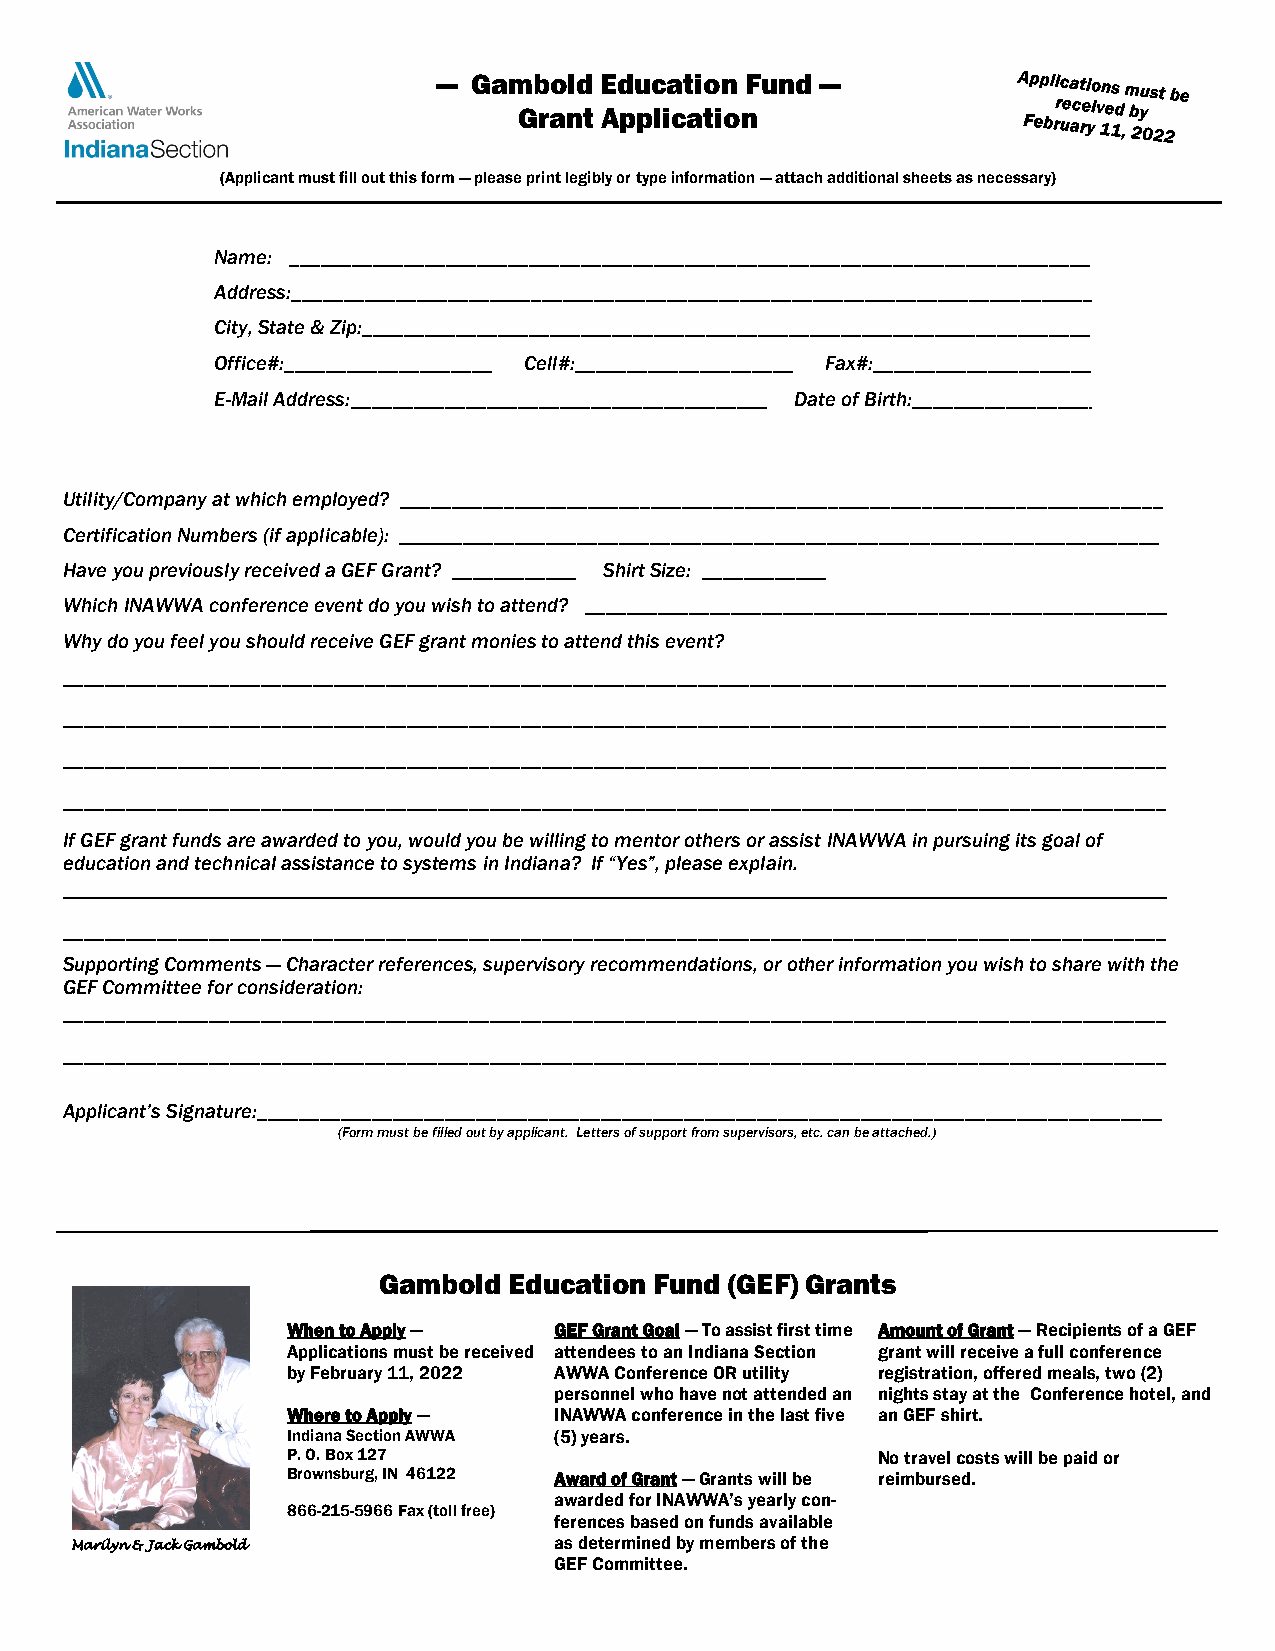
— Gambold  Education Fund —
 Grant Application
 (Applicant must fill out this form — please print legibly or type information — attach additional sheets as necessary)
 Name: _____________________________________________________________________________
 Address:_____________________________________________________________________________
 City, State & Zip:______________________________________________________________________
 Office#:____________________ Cell#:_____________________ Fax#:_____________________
 E-Mail Address:________________________________________ Date of Birth:__________________
 Utility/Company at which employed? _________________________________________________________________________
 Certification Numbers (if applicable): _________________________________________________________________________
 Have you previously received a GEF Grant? ____________ Shirt Size: ____________
 Which INAWWA conference event do you wish to attend? ________________________________________________________
 Why do you feel you should receive GEF grant monies to attend this event?
 __________________________________________________________________________________________________________
 __________________________________________________________________________________________________________
 __________________________________________________________________________________________________________
 __________________________________________________________________________________________________________
 If GEF grant funds are awarded to you, would you be willing to mentor others or assist INAWWA in pursuing its goal of
 education and technical assistance to systems in Indiana? If “Yes”, please explain.
 __________________________________________________________________________________________________________
 __________________________________________________________________________________________________________
 Supporting Comments — Character references, supervisory recommendations, or other information you wish to share with the
 GEF Committee for consideration:
 __________________________________________________________________________________________________________
 __________________________________________________________________________________________________________
 Applicant’s Signature:_______________________________________________________________________________________
 (Form must be filled out by applicant. Letters of support from supervisors, etc. can be attached.)
 Gambold  Education Fund (GEF) Grants
 When to Apply —   GEF Grant Goal — To assist first time Amount of Grant — Recipients of a GEF
 Applications must be received attendees to an Indiana Section grant will receive a full conference
 by February 11, 2022 AWWA Conference OR utility registration, offered meals, two (2)
 personnel who have not attended an nights stay at the Conference hotel, and
 Where to Apply —  INAWWA conference in the last five an GEF shirt.
 Indiana Section AWWA (5) years.
 P. O. Box 127                          No travel costs will be paid or
 Brownsburg, IN 46122 Award of Grant — Grants will be reimbursed.
 awarded for INAWWA’s yearly con-
 866-215-5966 Fax (toll free)
 ferences based on funds available
 as determined by members of the
 Marilyn & Jack Gambold
 GEF Committee.